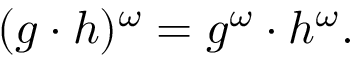
( g \cdot h ) ^ { \omega } = g ^ { \omega } \cdot h ^ { \omega } .